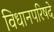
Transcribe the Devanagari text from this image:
विधानपरिषदे